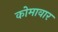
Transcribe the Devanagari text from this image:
कोमावार